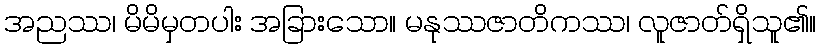
အညဿ၊ မိမိမှတပါး အခြားသော။ မနုဿဇာတိကဿ၊ လူဇာတ်ရှိသူ၏။